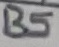
Text: B5